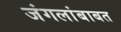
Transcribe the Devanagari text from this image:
जंगलांबाबत